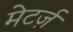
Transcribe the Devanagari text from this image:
मेटर्ज़